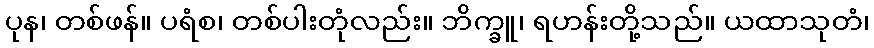
ပုန၊ တစ်ဖန်။ ပရံစ၊ တစ်ပါးတုံလည်း။ ဘိက္ခူ၊ ရဟန်းတို့သည်။ ယထာသုတံ၊